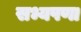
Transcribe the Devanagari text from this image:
सभ्यपणा